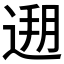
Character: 𰻄